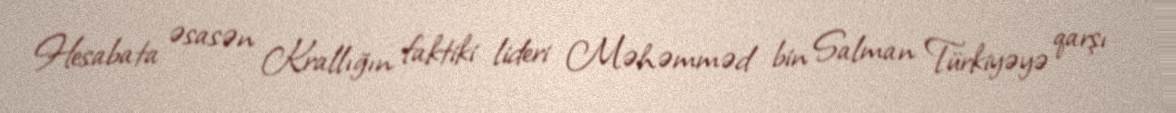
Hesabata əsasən Krallığın faktiki lideri Məhəmməd bin Salman Türkiyəyə qarşı